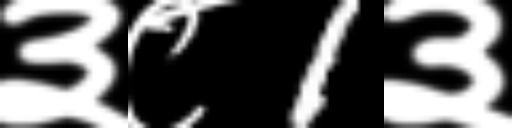
Text: ३८1३